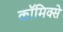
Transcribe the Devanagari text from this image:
काॅमिक्से